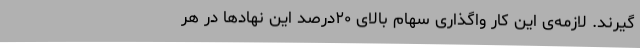
گیرند. لازمه‌ی این کار واگذاری سهام بالای ۲۰درصد این نهاد‌ها در هر